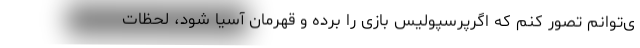
ی‌توانم تصور کنم که اگرپرسپولیس بازی را برده و قهرمان آسیا شود، لحظات